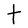
Character: T